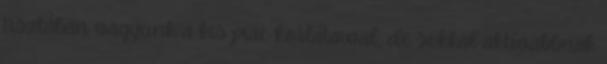
tisztában vagyunk a kis piac korlátaival, de sokkal aktívabbnak